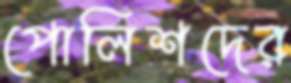
পোলিশদের